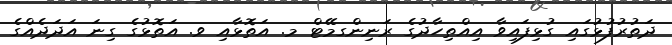
ދަތުރުފުޅުގައި ގުޅިފައިވާ އިއްތިހާދުގެ ރަނިންގމޭޓް މ. އަތޮޅާއި ވ. އަތޮޅުގެ ގިނަ އަދަދެއްގެ